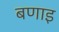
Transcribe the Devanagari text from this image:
बणाइ